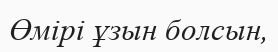
Өмiрi ұзын болсын,